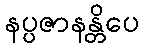
နပ္ပဇာနန္တိပေ